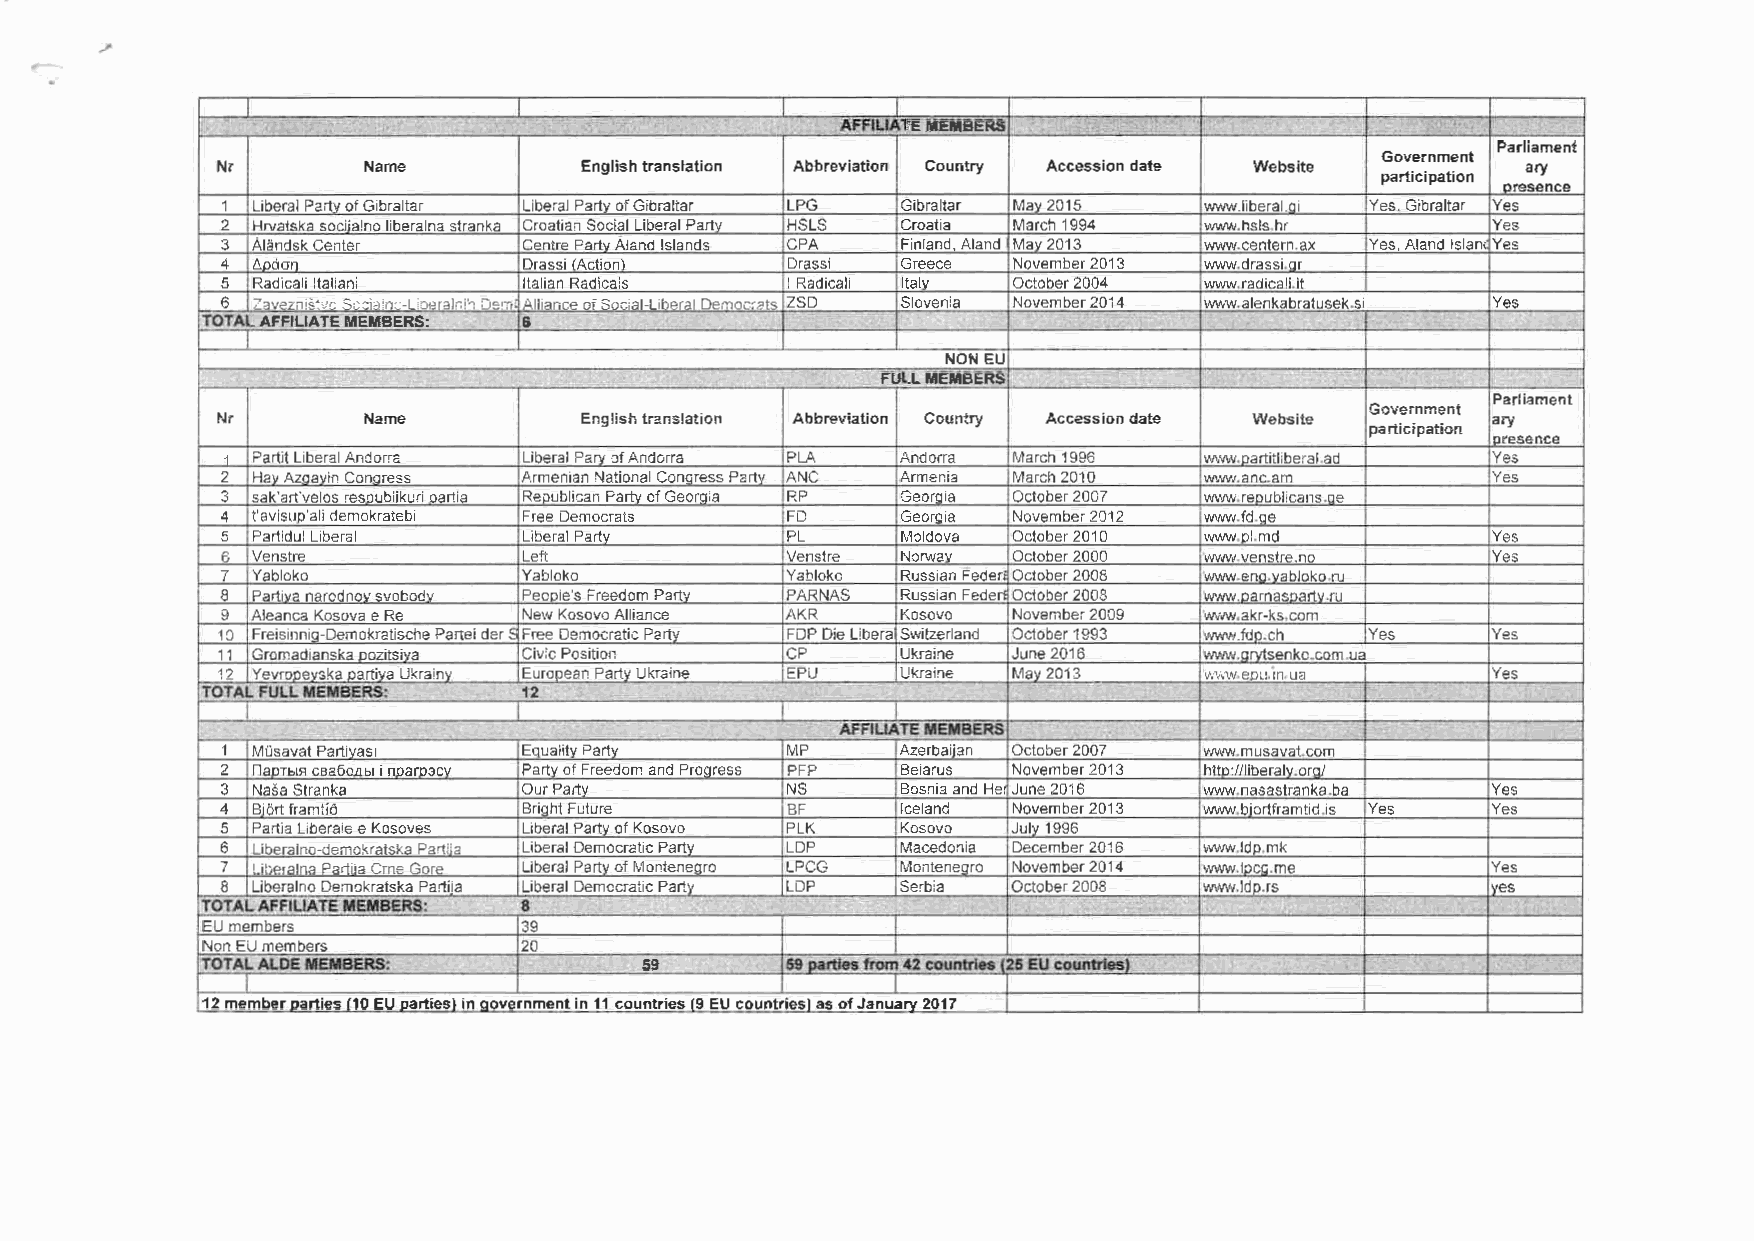
z...
 -
 \I
 z
 z
 llI
 llI
 3
 3
 ,,1
 DC
 DC
 ,1 . ·•I
 __,
 'I
 m ,:: °' "iii r:: l+iri
 I
 ,: '" ~
 ,,
 ·a
 0 m
 ,:
 3 0 n JO iu
 --1
 )C :0c ,: J
 '" ID ~
 >
 >
 oo
 )o"(
 g s
 )1C
 DC
 IU
 '"
 'I 5U i
 "i' c"
 -f'
 ,:
 ,:
 .
 . lc lI
 l. lQ I
 .,
 ol
 ol
 I
 '